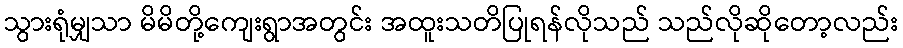
သွားရုံမျှသာ မိမိတို့ကျေးရွာအတွင်း အထူးသတိပြုရန်လိုသည် သည်လိုဆိုတော့လည်း